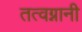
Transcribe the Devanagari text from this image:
तत्वग्नानी